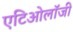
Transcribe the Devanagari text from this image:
एटिओलॉजी